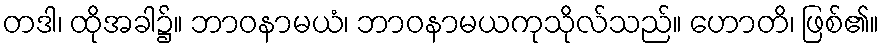
တဒါ၊ ထိုအခါ၌။ ဘာဝနာမယံ၊ ဘာဝနာမယကုသိုလ်သည်။ ဟောတိ၊ ဖြစ်၏။